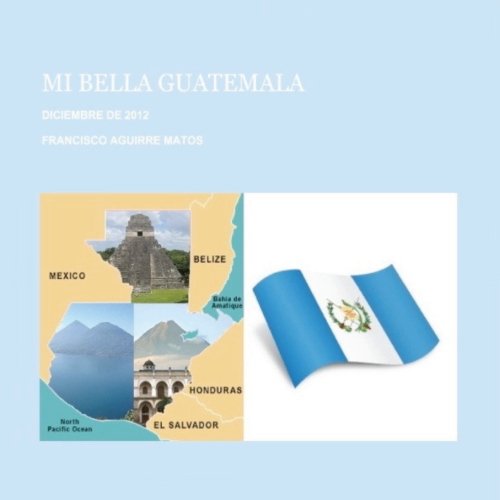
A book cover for Mi Bella Guatemala (Spanish Edition); Mr Francisco Aguirre Matos; Travel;